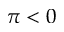
\pi < 0